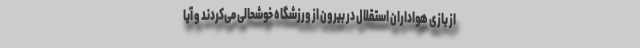
از بازی هواداران استقلال در بیرون از ورزشگاه خوشحالی می‌کردند و آیا